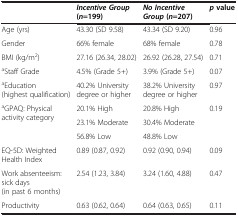
<table><thead><tr><td><b> </b></td><td><b><i>Incentive Group </i>( <i>n </i>=199)</b></td><td><b><i>No Incentive Group </i>( <i>n </i>=207)</b></td><td><b><i>p </i>value</b></td></tr></thead><tbody><tr><td>Age (yrs)</td><td>43.30 (SD 9.58)</td><td>43.34 (SD 9.20)</td><td>0.96</td></tr><tr><td>Gender</td><td>66% female</td><td>68% female</td><td>0.78</td></tr><tr><td>BMI (kg/m<sup>2</sup>)</td><td>27.16 (26.34, 28.02)</td><td>26.92 (26.28, 27.54)</td><td>0.71</td></tr><tr><td><sup>a</sup>Staff Grade</td><td>4.5% (Grade 5+)</td><td>3.9% (Grade 5+)</td><td>0.07</td></tr><tr><td><sup>a</sup>Education (highest qualification)</td><td>40.2% University degree or higher</td><td>38.2% University degree or higher</td><td>0.97</td></tr><tr><td rowspan="3"><sup>a</sup>GPAQ: Physical activity category</td><td>20.1% High</td><td>20.8% High</td><td rowspan="3">0.19</td></tr><tr><td>23.1% Moderate</td><td>30.4% Moderate</td></tr><tr><td>56.8% Low</td><td>48.8% Low</td></tr><tr><td>EQ-5D: Weighted Health Index</td><td>0.89 (0.87, 0.92)</td><td>0.92 (0.90, 0.94)</td><td>0.09</td></tr><tr><td>Work absenteeism: sick days (in past 6 months)</td><td>2.54 (1.23, 3.84)</td><td>3.24 (1.60, 4.88)</td><td>0.47</td></tr><tr><td>Productivity</td><td>0.63 (0.62, 0.64)</td><td>0.64 (0.63, 0.65)</td><td>0.11</td></tr></tbody></table>